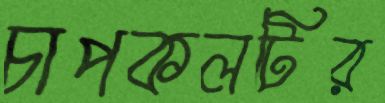
চাপকলটির